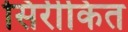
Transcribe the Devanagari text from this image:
सिरीकित